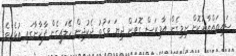
ސައިތައްޔާރުކޮށް ނިމިގެން އާމިރަސް ގޮވަން ދިޔަ ވަގުތު ދެކުދިން ހޭލައިގެން ފާޚާނާގައި އުޅެއެވެ.